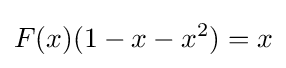
F(x)(1-x-x^{2})=x